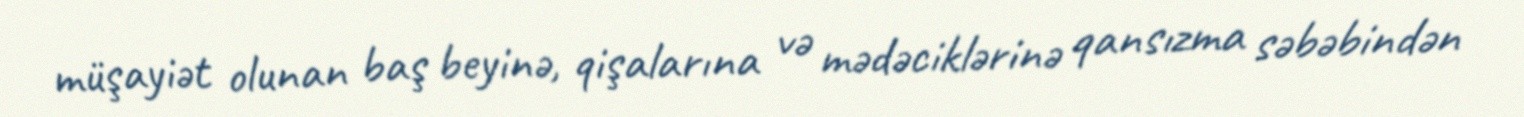
müşayiət olunan baş beyinə, qişalarına və mədəciklərinə qansızma səbəbindən